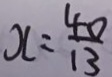
x = \frac { 4 0 } { 1 3 }